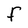
Character: F